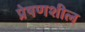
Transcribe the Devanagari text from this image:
प्रेषणशील